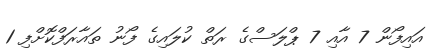
އައިފޯން 7 އާއި 7 ޕްލަސްގެ ރަތް ކުލައިގެ ފޯނު ތައާރަފްކޮށްފި 1